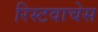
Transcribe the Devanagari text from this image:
रिस्टवाचेस